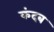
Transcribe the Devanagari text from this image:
कंदब